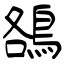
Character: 鵅